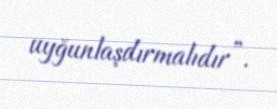
uyğunlaşdırmalıdır”.